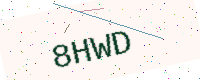
Text: 8HWD